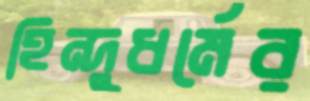
হিন্দুধর্মের